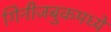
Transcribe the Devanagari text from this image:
गिनीजबुकमध्ये